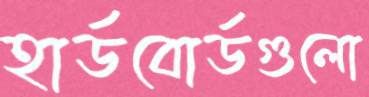
হার্ডবোর্ডগুলো